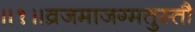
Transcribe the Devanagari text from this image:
॥१॥व्रजमाजग्मतुस्तौ